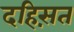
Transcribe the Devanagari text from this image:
दहिस़त